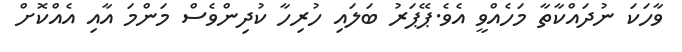
ވާހަކަ ނުދައްކާތާ މަހެއްވީ އެވެ.ޕޭޕަރު ބަލައި ހުރިހާ ކުދިންވެސް މަންމަ އާއި އެއްކޮށް